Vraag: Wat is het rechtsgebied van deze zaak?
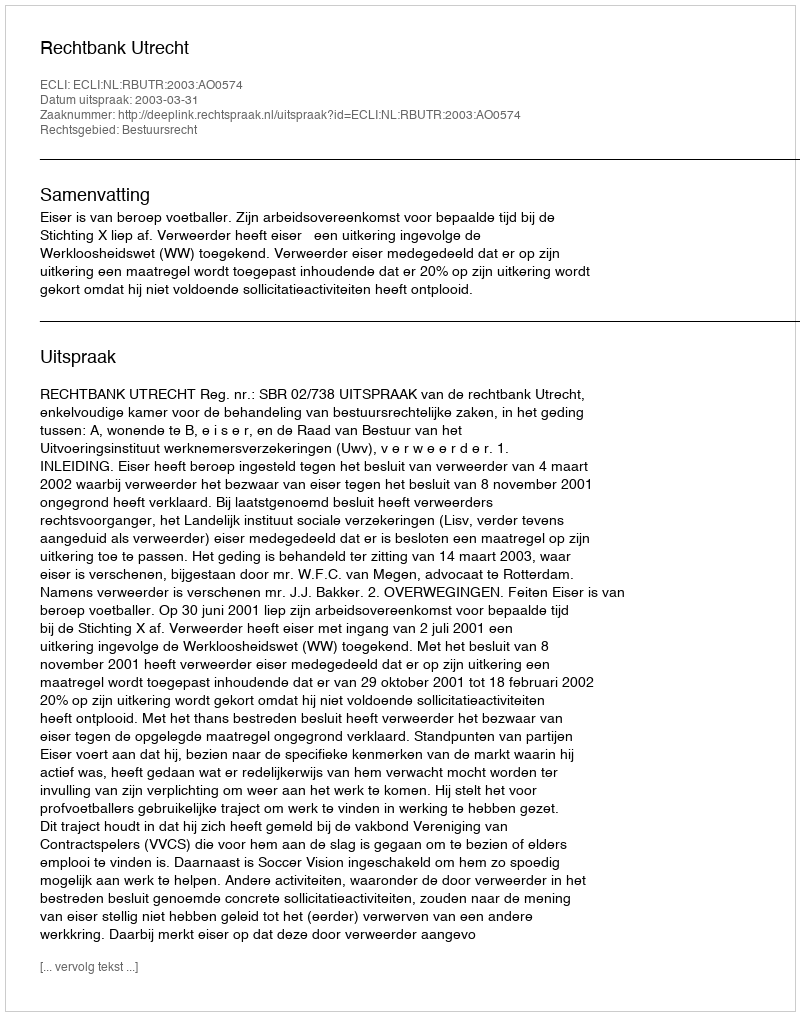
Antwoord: Bestuursrecht